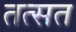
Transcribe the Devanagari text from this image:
तत्सत